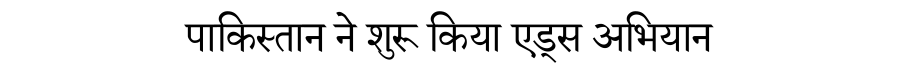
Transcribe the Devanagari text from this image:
पाकिस्तान ने शुरू किया एड्स अभियान